Civil Veterinary Department ledger series I-VI
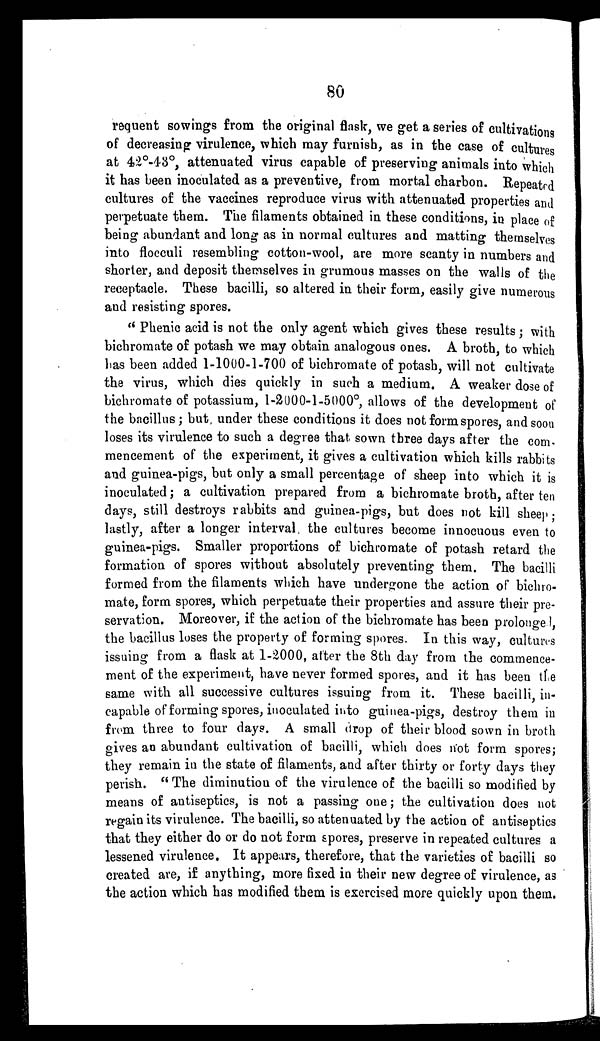
80
requent sowings from the original flask, we get a series of cultivations
of decreasing virulence, which may furnish, as in the case of cultures
at 42°-43°, attenuated virus capable of preserving animals into which
it has been inoculated as a preventive, from mortal charbon. Repeated
cultures of the vaccines reproduce virus with attenuated properties and
perpetuate them. The filaments obtained in these conditions, in place of
being abundant and long as in normal cultures and matting themselves
into flocculi resembling cotton-wool, are more scanty in numbers and
shorter, and deposit themselves in grumous masses on the walls of the
receptacle. These bacilli, so altered in their form, easily give numerous
and resisting spores.
" Phenic acid is not the only agent which gives these results; with
bichromate of potash we may obtain analogous ones. A broth to which
has been added 1-1000-1-700 of bichromate of potash, will not cultivate
the virus, which dies quickly in such a medium. A weaker dose of
bichromate of potassium, 1-2000-1-5000°, allows of the development of
the bacillus; but, under these conditions it does not form spores, and soon
loses its virulence to such a degree that sown three days after the com-
mencement of the experiment, it gives a cultivation which kills rabbits
and guinea-pigs, but only a small percentage of sheep into which it is
inoculated; a cultivation prepared from a bichromate broth, after ten
days, still destroys rabbits and guinea-pigs, but does not kill sheep;
lastly, after a longer interval the cultures become innocuous even to
guinea-pigs. Smaller proportions of bichromate of potash retard the
formation of spores without absolutely preventing them. The bacilli
formed from the filaments which have undergone the action of bichro-
mate, form spores, which perpetuate their properties and assure their pre-
servation. Moreover, if the action of the bichromate has been prolonged,
the bacillus loses the property of forming spores. In this way, cultures
issuing from a flask at 1-2000, after the 8th day from the commence-
ment of the experiment, have never formed spores, and it has been the
same with all successive cultures issuing from it. These bacilli, in-
capable of forming spores, inoculated into guinea-pigs, destroy them in
from three to four days. A small drop of their blood sown in broth
gives an abundant cultivation of bacilli, which does not form spores;
they remain in the state of filaments, and after thirty or forty days they
perish. " The diminution of the virulence of the bacilli so modified by
means of antiseptics, is not a passing one; the cultivation does not
regain its virulence. The bacilli, so attenuated by the action of antiseptics
that they either do or do not form spores, preserve in repeated cultures a
lessened virulence. It appears, therefore, that the varieties of bacilli so
created are, if anything, more fixed in their new degree of virulence, as
the action which has modified them is exercised more quickly upon them.